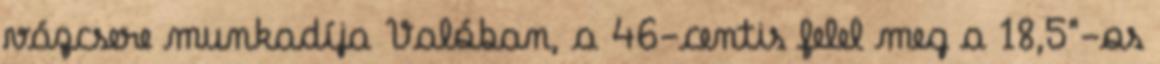
vázcsere munkadíja Valóban, a 46-centis felel meg a 18,5"-os